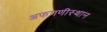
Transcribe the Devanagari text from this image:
अफगणीस्थान